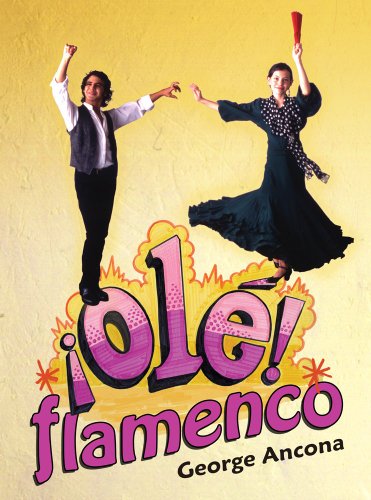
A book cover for Ole Flamenco; George Ancona; Children's Books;